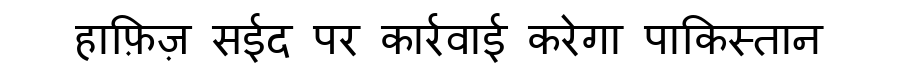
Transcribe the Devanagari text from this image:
हाफ़िज़ सईद पर कार्रवाई करेगा पाकिस्तान